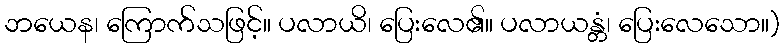
ဘယေန၊ ကြောက်သဖြင့်။ ပလာယိ၊ ပြေးလေ၏။ ပလာယန္တံ၊ ပြေးလေသော။)